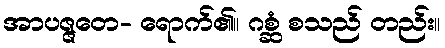
အာပဇ္ဇတေ- ရောက်၏။ ဂစ္ဆံ စသည် တည်း။